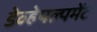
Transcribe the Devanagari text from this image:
डेव्हेपल्पमेंट